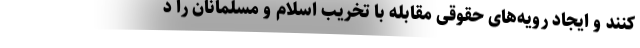
کنند و ایجاد رویه‌های حقوقی مقابله با تخریب اسلام و مسلمانان را د